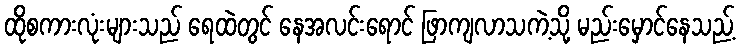
ထိုစကားလုံးများသည် ရေထဲတွင် နေအလင်းရောင် ဖြာကျလာသကဲ့သို့ မည်းမှောင်နေသည့်